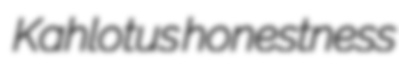
Kahlotus honestness